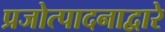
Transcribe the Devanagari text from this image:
प्रजोत्पादनाद्वारे